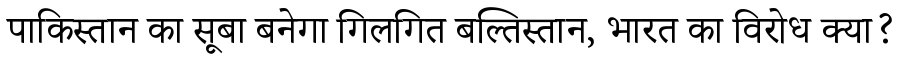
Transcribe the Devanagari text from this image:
पाकिस्तान का सूबा बनेगा गिलगित बल्तिस्तान, भारत का विरोध क्या?